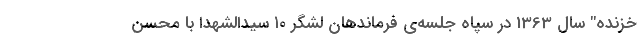
خزنده" سال 1363 در سپاه جلسه‌ی فرماندهان لشگر ۱۰ سیدالشهدا با محسن